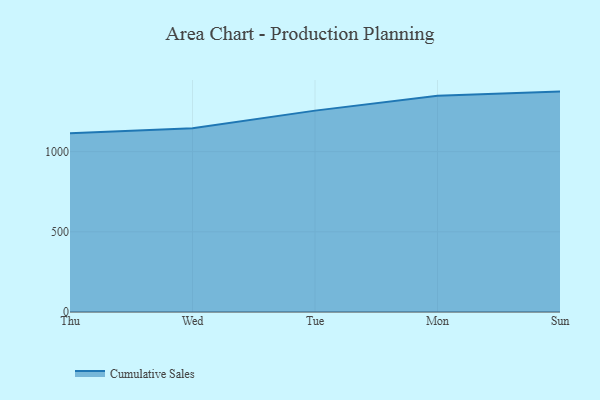
{"axis": {"x": "Day", "y": "Production Output"}, "legend": ["Cumulative Sales"], "data": [{"x": "Thu", "y": 1114.4, "type": "Cumulative Sales"}, {"x": "Wed", "y": 1146.3, "type": "Cumulative Sales"}, {"x": "Tue", "y": 1255.7, "type": "Cumulative Sales"}, {"x": "Mon", "y": 1349.0, "type": "Cumulative Sales"}, {"x": "Sun", "y": 1374.3, "type": "Cumulative Sales"}]}